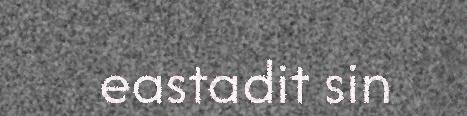
eastadit sin